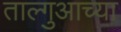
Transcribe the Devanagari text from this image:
ताल्गुआच्या